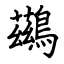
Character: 鷀